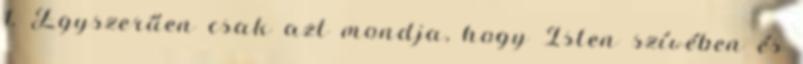
1. Egyszerűen csak azt mondja, hogy Isten szívében és